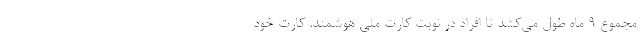
مجموع ۹ ماه طول می‌کشد تا افراد در نوبت کارت ملی هوشمند، کارت خود